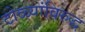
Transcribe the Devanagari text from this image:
टोळ्यांविरुद्ध